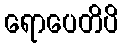
ရောပေတိပိ